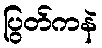
ပြွတ်ကနဲ